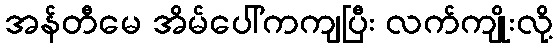
အန်တီမေ အိမ်ပေါ်ကကျပြီး လက်ကျိုးလို့